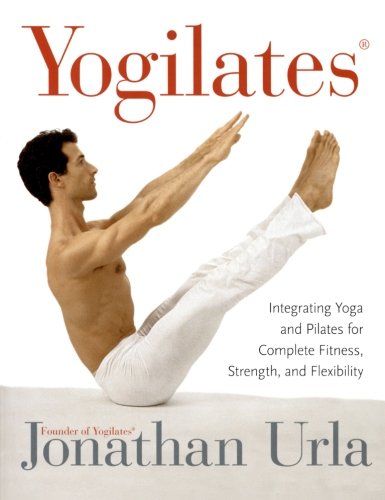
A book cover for Yogilates(R): Integrating Yoga and Pilates for Complete Fitness, Strength, and Flexibility; Jonathan Urla; Health, Fitness & Dieting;